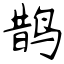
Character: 鹊